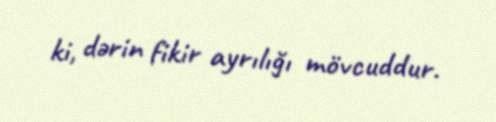
ki, dərin fikir ayrılığı mövcuddur.